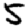
Digit: 5